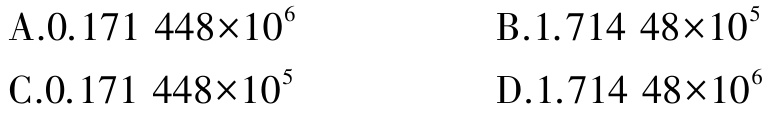
A.$0.171\ 448\times10^{6}$
B.$1.714\ 48\times10^{5}$
C.$0.171\ 448\times10^{5}$
D.$1.714\ 48\times10^{6}$